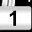
Digit: 1